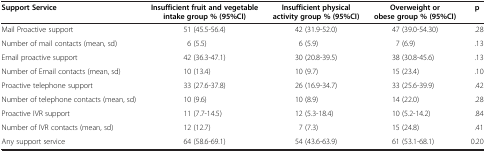
<table><thead><tr><td><b>Support Service</b></td><td><b>Insufficient fruit and vegetable intake group % (95%CI)</b></td><td><b>Insufficient physical activity group % (95%CI)</b></td><td><b>Overweight or obese group % (95%CI)</b></td><td><b>p</b></td></tr></thead><tbody><tr><td>Mail Proactive support</td><td>51 (45.5-56.4)</td><td>42 (31.9-52.0)</td><td>47 (39.0-54.30)</td><td>.28</td></tr><tr><td>Number of mail contacts (mean, sd)</td><td>6 (5.5)</td><td>6 (5.9)</td><td>7 (6.9)</td><td>.13</td></tr><tr><td>Email proactive support</td><td>42 (36.3-47.1)</td><td>30 (20.8-39.5)</td><td>38 (30.8-45.6)</td><td>.13</td></tr><tr><td>Number of Email contacts (mean, sd)</td><td>10 (13.4)</td><td>10 (9.7)</td><td>15 (23.4)</td><td>.10</td></tr><tr><td>Proactive telephone support</td><td>33 (27.6-37.8)</td><td>26 (16.9-34.7)</td><td>33 (25.6-39.9)</td><td>.42</td></tr><tr><td>Number of telephone contacts (mean, sd)</td><td>10 (9.6)</td><td>10 (8.9)</td><td>14 (22.0)</td><td>.28</td></tr><tr><td>Proactive IVR support</td><td>11 (7.7-14.5)</td><td>12 (5.3-18.4)</td><td>10 (5.2-14.2)</td><td>.84</td></tr><tr><td>Number of IVR contacts (mean, sd)</td><td>12 (12.7)</td><td>7 (7.3)</td><td>15 (24.8)</td><td>.41</td></tr><tr><td>Any support service</td><td>64 (58.6-69.1)</td><td>54 (43.6-63.9)</td><td>61 (53.1-68.1)</td><td>0.20</td></tr></tbody></table>